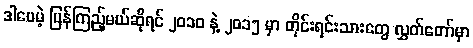
ဒါပေမဲ့ ပြန်ကြည့်မယ်ဆိုရင် ၂၀၁၀ နဲ့ ၂၀၁၅ မှာ တိုင်းရင်းသားတွေ လွှတ်တော်မှာ